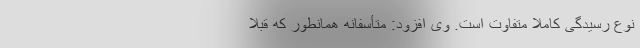
نوع رسیدگی کاملاً متفاوت است. وی افزود: متأسفانه همانطور که قبلاً